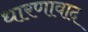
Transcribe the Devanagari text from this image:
धारणावाद